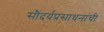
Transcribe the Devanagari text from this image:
सौंदर्यप्रसाधनांची